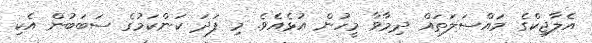
އެލާޖިކްގެ މައްސަލަތައް ދިމާވާ މީހުން އުޅެއެވެ. މި ފަދަ ކަންކަމުގެ ސަބަބުން އެކި